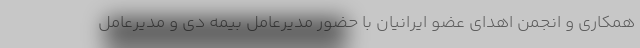
همکاری و انجمن اهدای عضو ایرانیان با حضور مدیرعامل بیمه دی و مدیرعامل